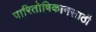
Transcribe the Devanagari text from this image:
पारितोषिकानसाठी